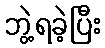
ဘွဲ့ရခဲ့ပြီး